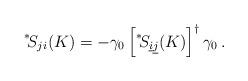
LaTeX: \begin{align*}\displaystyle{ \raisebox{0.6ex}{\scriptsize{*}}} \! S_{j i} (K) = - \gamma_0 \left[ \displaystyle{ \raisebox{0.6ex}{\scriptsize{*}}} \! S_{\underline{i} \underline{j}} (K) \right]^\dagger \gamma_0 \, .\end{align*}